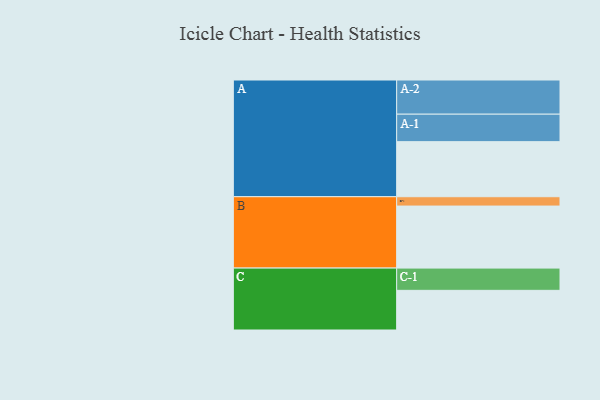
{"axis": {"x": "Segment", "y": "Value"}, "legend": ["", "A", "B", "C"], "data": [{"x": "A", "y": 443, "type": ""}, {"x": "B", "y": 499, "type": ""}, {"x": "C", "y": 319, "type": ""}, {"x": "A-1", "y": 221, "type": "A"}, {"x": "A-2", "y": 275, "type": "A"}, {"x": "B-1", "y": 75, "type": "B"}, {"x": "C-1", "y": 179, "type": "C"}]}